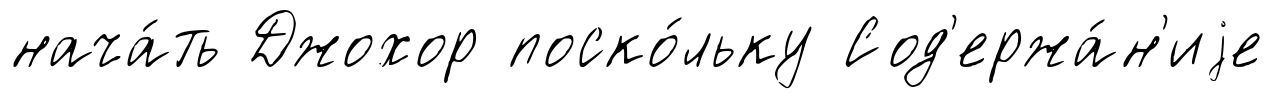
нача́ть Джохор поско́льку Сод'ержа́н'иjе